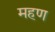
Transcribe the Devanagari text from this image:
महण